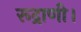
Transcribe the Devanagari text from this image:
रूद्राणी।